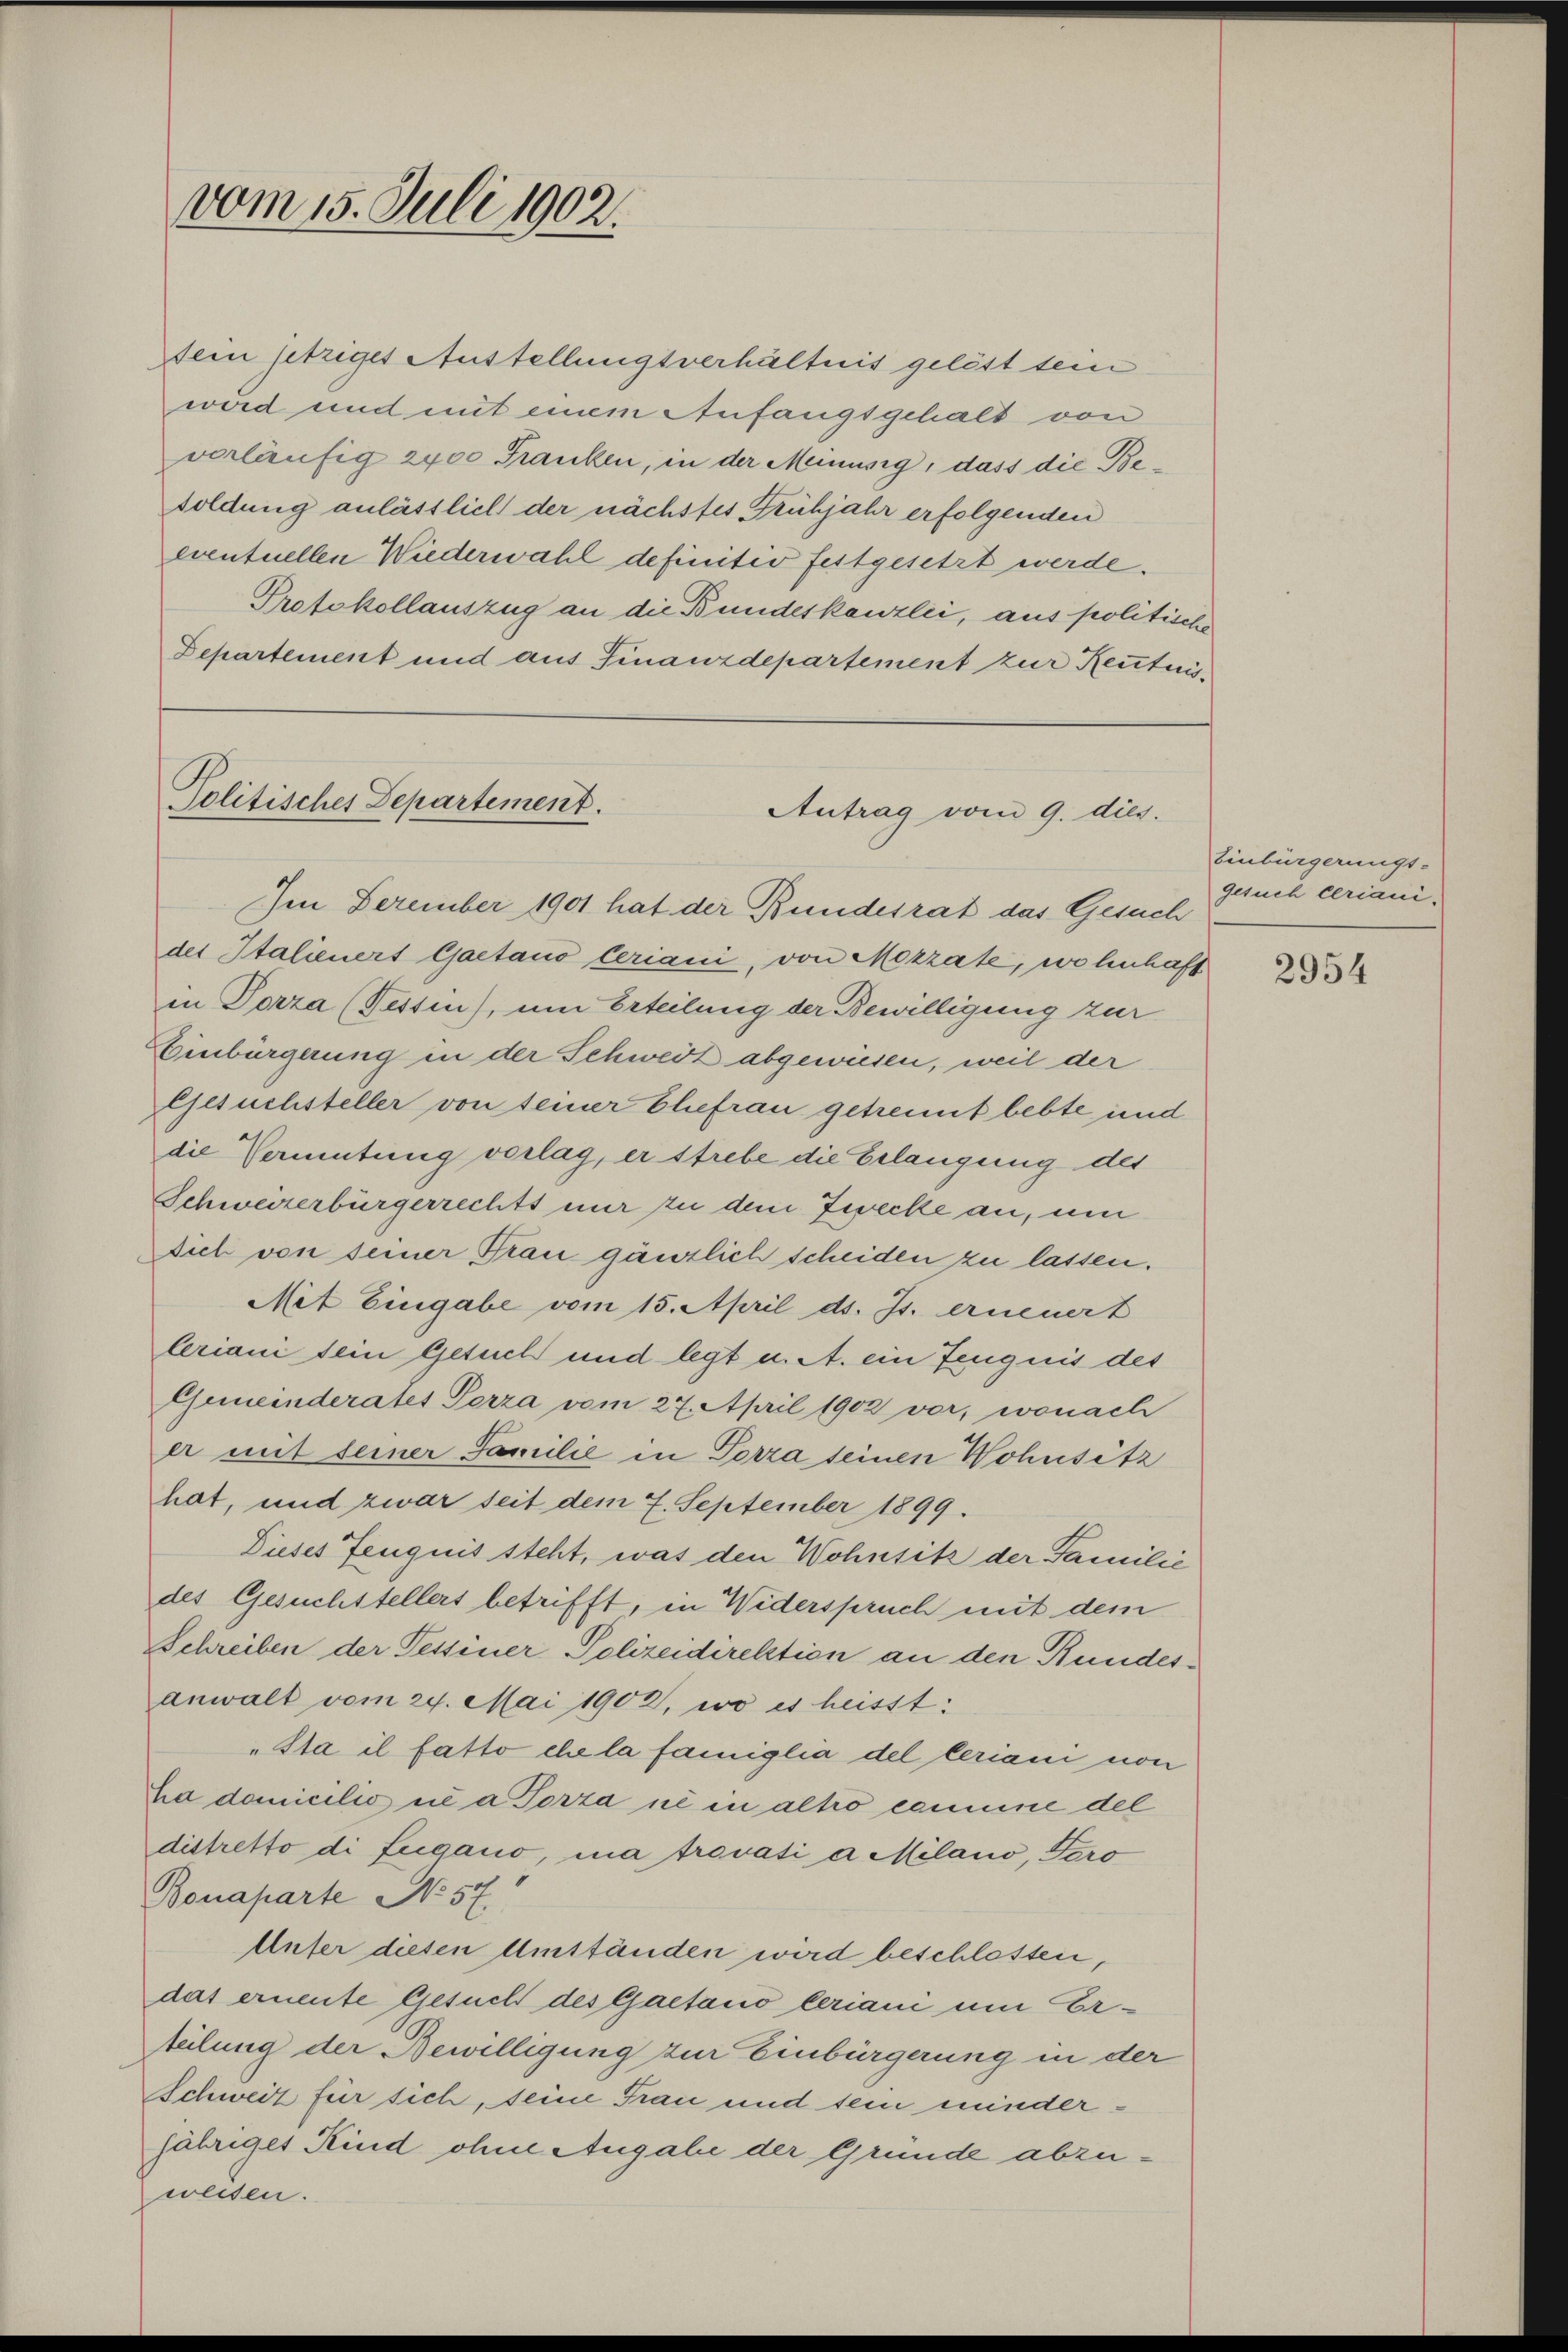
vom 15. Juli 1902.

Dein jetziges Austellungsverhältnis gelöst sein
wird und mit einem Anfangsgehalt von
verläufig 2400 Franken, in der Meinusig, dass die Besoldung anlässlich der nächstes Frühjahr erfolgenden
eventuellen Wiederwahl definitiv festgesetzt werde.
Protokollauszug an die Bundeskanzlei, aus politische
Departement und aus Finanzdepartement zur Kenntnis¬

Politisches Departement.
Antrag vom 9. dies.
Im Dezember 1901 hat der Bundesrat das Gesuch

der Italieners Gaetano Ceriani, von Mezzate, wohnhaft
in Porza (Tessin, um Erteilung der Bewilligung zur
Einbürgerung in der Schweiz abgewiesen, weil der
Gesuchsteller von seiner Chefrau getrennt bebte und
die Vermutung vorlag, er strebe die Erlangung des
Schweizerbürgerrechts nur zu dem Zwecke an, um
sich von seiner Frau gänzlich scheiden zu lassen.
Mit Eingabe vom 15. April d. Js. erneuert
leriani sein Gesuch und legt u. A. ein Zeugnis des
Gemeinderates Perza vom 27. April 1902 vor, wonach
er mit seiner Familie in Porza seinen Wohnsitz
hat, und zwar seit dem 7. September 1899.
Dieses Zeugnis steht, was den Wohnsitz der Familie
des Gesuchstellers betrifft, in Widerspruch mit dem
Schreiben der Tessiner Polizeidirektion an den Bundesanwalt vom 24. Mai 1902, wo es heisst:
"Sta il fatto che la famiglia del teriani von
Sa domicilio ne a Porza ne in altro comme del
distretto di Lugano, ma trovati a Milano, Vero
Bonaparte No 57.
Unfer diesen Umständen wird beschlossen,
das erneute Gesuch des Gaetano beriani um Ertelung der Bewilligung zur Einbürgerung in der
Schweiz für sich, seine Frau und sein minderjähriges Kind ohne Angabe der Grunde abzuweisen.

Einbürgerungs-
gesuch Clriani-

2954